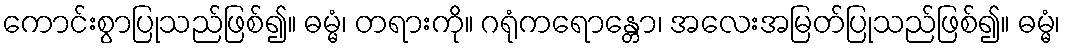
ကောင်းစွာပြုသည်ဖြစ်၍။ ဓမ္မံ၊ တရားကို။ ဂရုံကရောန္တော၊ အလေးအမြတ်ပြုသည်ဖြစ်၍။ ဓမ္မံ၊